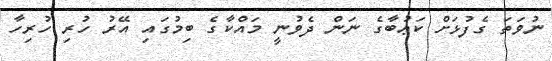
ނުވަތަ ގެފުޅަށް ކަޢުބާގެ ނަން ދެވުނީ މައްކާގެ ބިމުގައި އޭރު ހުރި ހުރިހާ